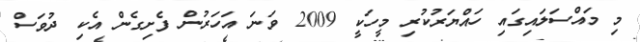
މި މައްސަލައިގައި ހައްޔަރުކުރި މީހަކީ 2009 ވަނަ އަހަރުން ފެށިގެން އެކި ދުވަސް